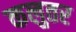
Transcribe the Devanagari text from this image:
कलुतर